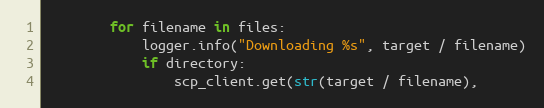
Language: Python
        for filename in files:
            logger.info("Downloading %s", target / filename)
            if directory:
                scp_client.get(str(target / filename),